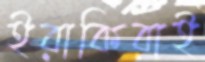
ইরাকিরাই